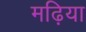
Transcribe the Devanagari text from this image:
मढ़िया